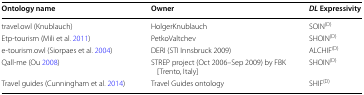
| Ontology name | Owner | DL Expressivity |
 | --- | --- | --- |
 | travel.owl (Knublauch) | HolgerKnublauch | SOIN(D) |
 | Etp-tourism (Mili et al. 2011) | PetkoValtchev | SHOIN(D) |
 | e-tourism.owl (Siorpaes et al. 2004) | DERI (STI Innsbruck 2009) | ALCHIF(D) |
 | Qall-me (Ou 2008) | STREP project (Oct 2006–Sep 2009) by FBK [Trento, Italy] | SHOIN(D) |
 | Travel guides (Cunningham et al. 2014) | Travel Guides ontology | SHIF(D) |